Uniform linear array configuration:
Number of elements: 4
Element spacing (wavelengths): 1
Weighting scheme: exponential
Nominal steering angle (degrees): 45
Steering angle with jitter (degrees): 43.534
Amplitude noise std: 0.05
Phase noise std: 0.05

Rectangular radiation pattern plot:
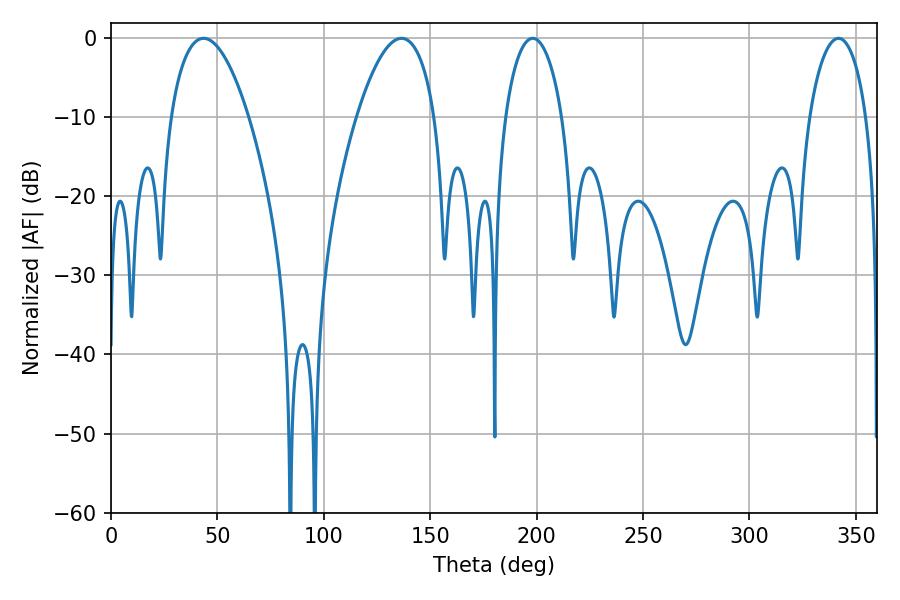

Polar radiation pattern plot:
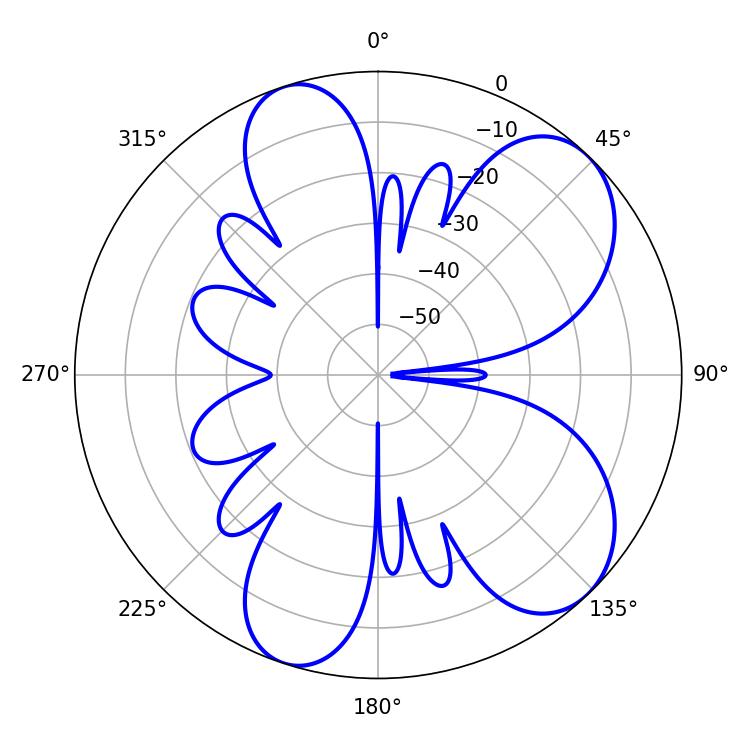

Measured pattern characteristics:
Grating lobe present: TRUE
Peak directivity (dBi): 7.593
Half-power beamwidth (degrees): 15.3
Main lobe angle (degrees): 198.18